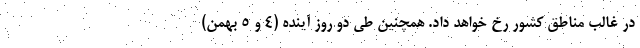
در غالب مناطق کشور رخ خواهد داد. همچنین طی دو روز آینده (۴ و ۵ بهمن)